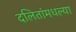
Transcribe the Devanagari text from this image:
दलितांमधल्या